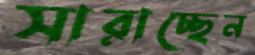
সারাচ্ছেন